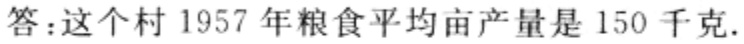
答：这个村1957年粮食平均亩产量是150千克.